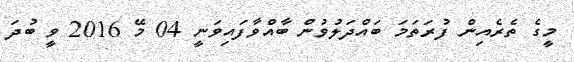
މީގެ ތެރެއިން ފުރަތަމަ ބައްދަލުވުން ބާއްވާފައިވަނީ 04 މޭ 2016 ވީ ބުދަ